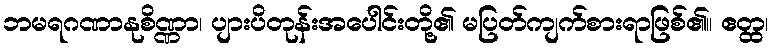
ဘမရဂဏာနုစိဏ္ဏာ၊ ပျားပိတုန်းအပေါင်းတို့၏ မပြတ်ကျက်စားရာဖြစ်၏။ ဧတ္ထ၊